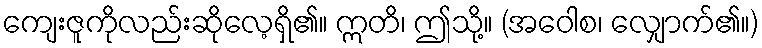
ကျေးဇူကိုလည်းဆိုလေ့ရှိ၏။ ဣတိ၊ ဤသို့။ (အဝေါစ၊ လျှောက်၏။)